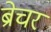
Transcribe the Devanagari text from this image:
ब्रेचर